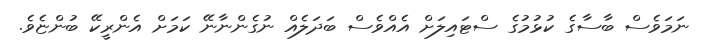
ނަމަވެސް ބާސާގެ ކުޅުމުގެ ސްޓައިލަށް އެއްވެސް ބަދަލެއް ނުގެންނާނޭ ކަމަށް އެންރީކޭ ބުންޏެވެ.